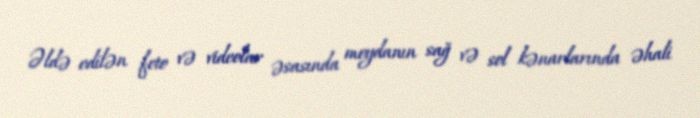
Əldə edilən foto və videolar əsasında meydanın sağ və sol kənarlarında əhali